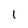
Character: l